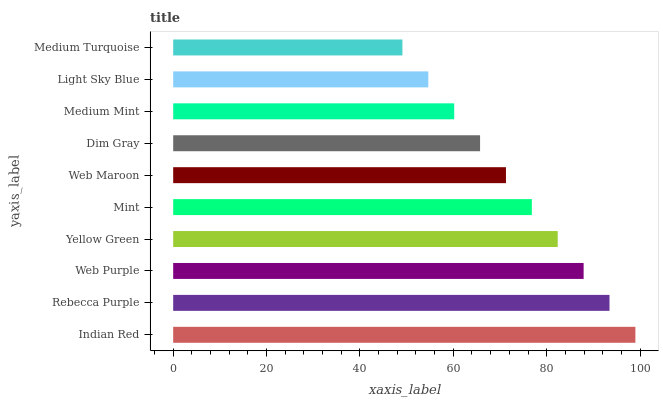
| yaxis_label | bars |
 | --- | --- |
 | Indian Red | 99 |
 | Rebecca Purple | 93.5 |
 | Web Purple | 87.9 |
 | Yellow Green | 82.4 |
 | Mint | 76.8 |
 | Web Maroon | 71.3 |
 | Dim Gray | 65.7 |
 | Medium Mint | 60.2 |
 | Light Sky Blue | 54.6 |
 | Medium Turquoise | 49.1 |